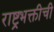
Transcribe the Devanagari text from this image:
राष्ट्रभक्तीची